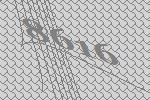
8616